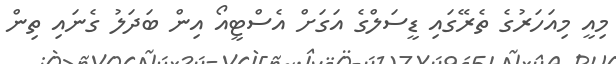
މިއީ މިއަހަރުގެ ތެރޭގައި ޑީސަލްގެ އަގަށް އެސްޓީއޯ އިން ބަދަލު ގެނައި ތިން